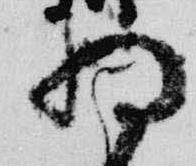
将